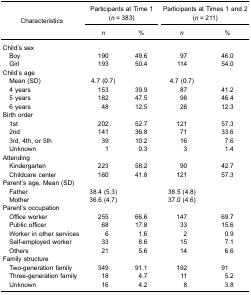
<table><thead><tr><td rowspan="5"><b>Characteristics</b></td><td colspan="2"><b>Participants at Time 1</b></td><td colspan="2"><b>Participants at Times 1 and 2</b></td></tr><tr><td colspan="2"><b>(<i>n</i> = 383)</b></td><td colspan="2"><b>(<i>n</i> = 211)</b></td></tr><tr><td><b><i>n</i></b></td><td><b>%</b></td><td><b><i>n</i></b></td><td><b>%</b></td></tr></thead><tbody><tr><td colspan="5">Child’s sex</td></tr><tr><td> Boy</td><td>190</td><td>49.6</td><td>97</td><td>46.0</td></tr><tr><td> Girl</td><td>193</td><td>50.4</td><td>114</td><td>54.0</td></tr><tr><td colspan="5">Child’s age</td></tr><tr><td> Mean (SD)</td><td>4.7 (0.7)</td><td> </td><td>4.7 (0.7)</td><td> </td></tr><tr><td> 4 years</td><td>153</td><td>39.9</td><td>87</td><td>41.2</td></tr><tr><td> 5 years</td><td>182</td><td>47.5</td><td>98</td><td>46.4</td></tr><tr><td> 6 years</td><td>48</td><td>12.5</td><td>26</td><td>12.3</td></tr><tr><td colspan="5">Birth order</td></tr><tr><td> 1st</td><td>202</td><td>52.7</td><td>121</td><td>57.3</td></tr><tr><td> 2nd</td><td>141</td><td>36.8</td><td>71</td><td>33.6</td></tr><tr><td> 3rd, 4th, or 5th</td><td>39</td><td>10.2</td><td>16</td><td>7.6</td></tr><tr><td> Unknown</td><td>1</td><td>0.3</td><td>3</td><td>1.4</td></tr><tr><td colspan="5">Attending</td></tr><tr><td> Kindergarten</td><td>223</td><td>58.2</td><td>90</td><td>42.7</td></tr><tr><td> Childcare center</td><td>160</td><td>41.8</td><td>121</td><td>57.3</td></tr><tr><td colspan="5">Parent’s age, Mean (SD)</td></tr><tr><td> Father</td><td>38.4 (5.3)</td><td> </td><td>38.5 (4.8)</td><td> </td></tr><tr><td> Mother</td><td>36.6 (4.7)</td><td> </td><td>37.0 (4.6)</td><td> </td></tr><tr><td colspan="5">Parent’s occupation</td></tr><tr><td> Office worker</td><td>255</td><td>66.6</td><td>147</td><td>69.7</td></tr><tr><td> Public officer</td><td>68</td><td>17.8</td><td>33</td><td>15.6</td></tr><tr><td> Worker in other services</td><td>6</td><td>1.6</td><td>2</td><td>0.9</td></tr><tr><td> Self-employed worker</td><td>33</td><td>8.6</td><td>15</td><td>7.1</td></tr><tr><td> Others</td><td>21</td><td>5.6</td><td>14</td><td>6.6</td></tr><tr><td colspan="5">Family structure</td></tr><tr><td> Two-generation family</td><td>349</td><td>91.1</td><td>192</td><td>91</td></tr><tr><td> Three-generation family</td><td>18</td><td>4.7</td><td>11</td><td>5.2</td></tr><tr><td> Unknown</td><td>16</td><td>4.2</td><td>8</td><td>3.8</td></tr></tbody></table>